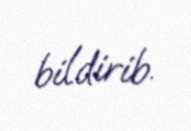
bildirib.